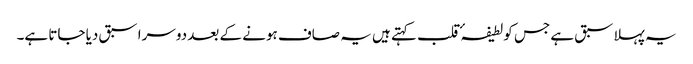
یہ پہلا سبق ہے جس کو لطیفہٴ قلب کہتے ہیں یہ صاف ہونے کے بعد دوسرا سبق دیا جاتا ہے۔